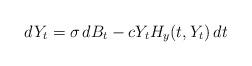
LaTeX: \begin{align*} dY_t=\sigma\,dB_t- c Y_tH_y(t,Y_t) \,dt\end{align*}